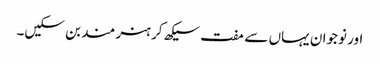
اور نوجوان یہاں سے مفت سیکھ کر ہنر مند بن سکیں۔